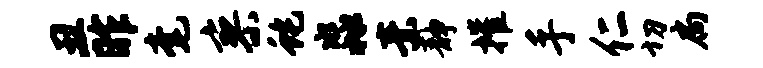
丑昨毫寥蛇淼素静摧手仁切扃